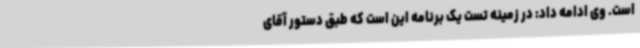
است. وی ادامه داد: در زمینه تست یک برنامه این است که طبق دستور آقای